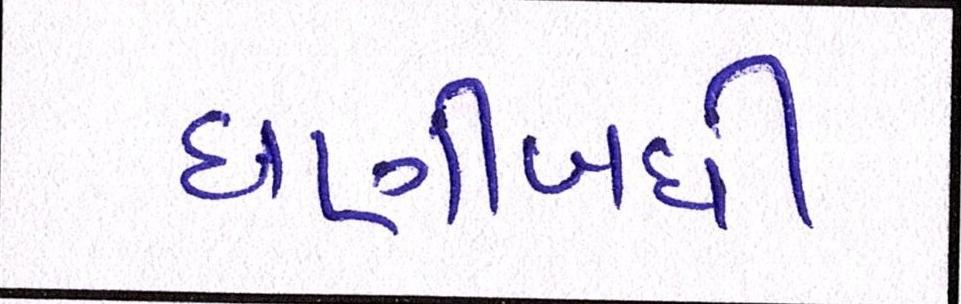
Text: ઘણીબધી